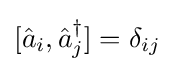
[{\hat {a}}_{i},{\hat {a}}_{j}^{\dagger }]=\delta _{ij}